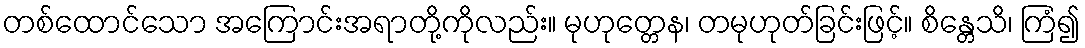
တစ်ထောင်သော အကြောင်းအရာတို့ကိုလည်း။ မုဟုတ္တေန၊ တမုဟုတ်ခြင်းဖြင့်။ စိန္တေသိ၊ ကြံ၍